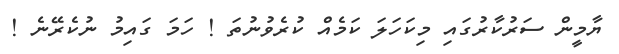
ޔާމީން ސަރުކާރުގައި މިކަހަލަ ކަމެއް ކުރެވުނުތަ ! ހަމަ ގައިމު ނުކެރޭނެ !